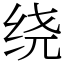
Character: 绕